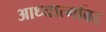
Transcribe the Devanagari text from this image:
आध्यात्मविद